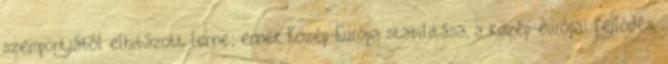
szempontjából elhibázott lenne; ennek Közép-Európa stabilitása, a közép-európai fejlődés,